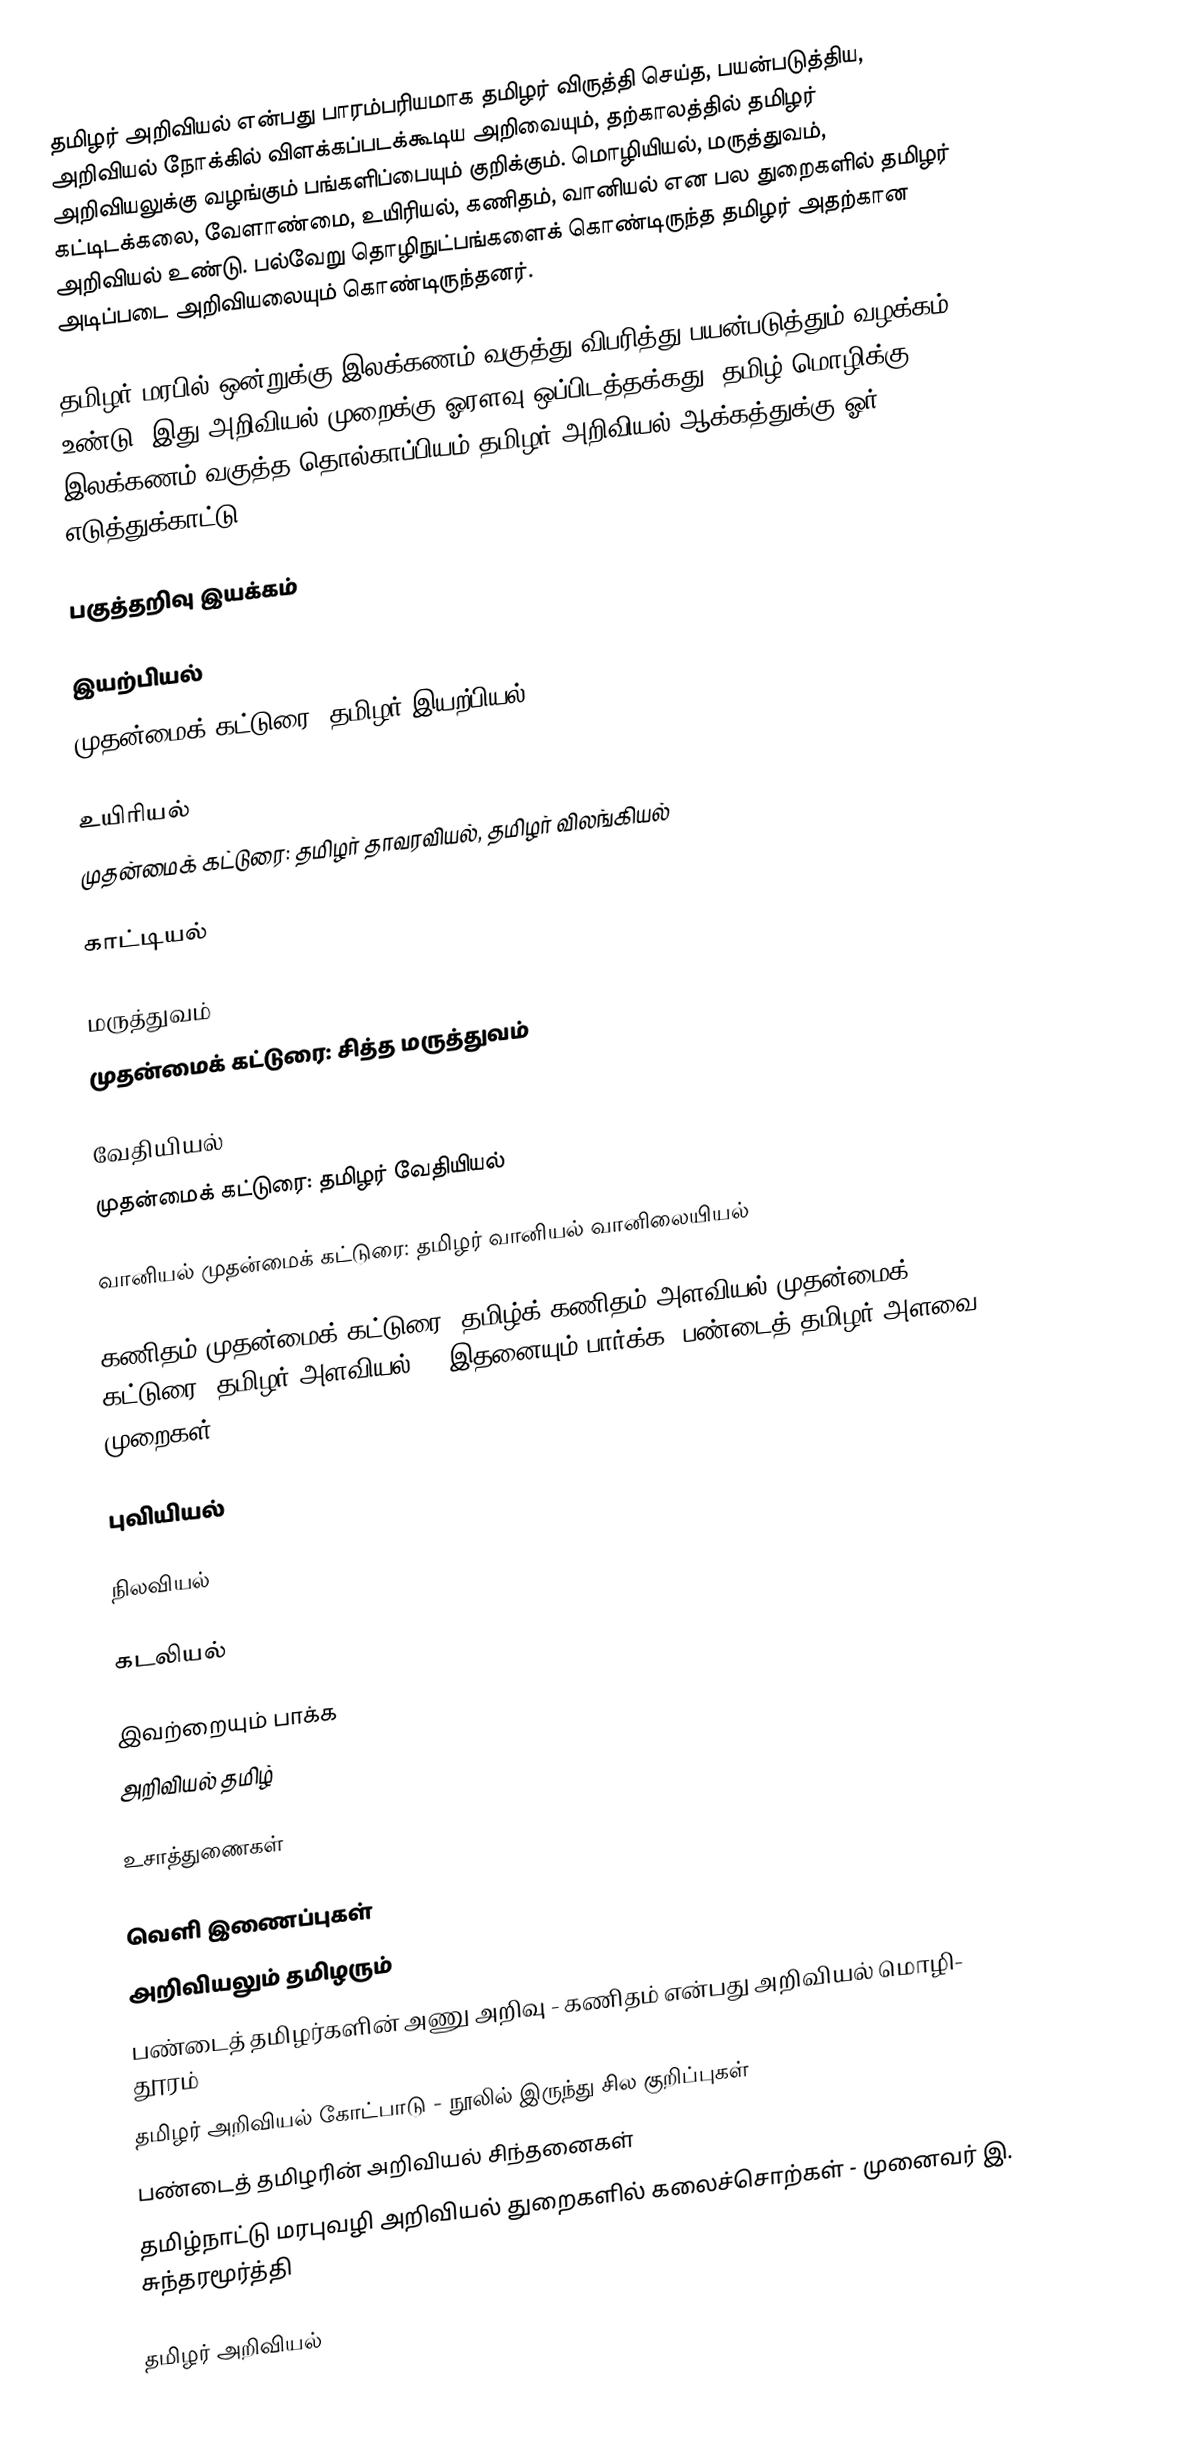
தமிழர் அறிவியல் என்பது பாரம்பரியமாக தமிழர் விருத்தி செய்த, பயன்படுத்திய, அறிவியல் நோக்கில் விளக்கப்படக்கூடிய அறிவையும், தற்காலத்தில் தமிழர் அறிவியலுக்கு வழங்கும் பங்களிப்பையும் குறிக்கும்.  மொழியியல், மருத்துவம், கட்டிடக்கலை, வேளாண்மை, உயிரியல், கணிதம், வானியல் என பல துறைகளில் தமிழர் அறிவியல் உண்டு.  பல்வேறு தொழிநுட்பங்களைக் கொண்டிருந்த தமிழர் அதற்கான அடிப்படை அறிவியலையும் கொண்டிருந்தனர்.

தமிழர் மரபில் ஒன்றுக்கு இலக்கணம் வகுத்து விபரித்து பயன்படுத்தும் வழக்கம் உண்டு.  இது அறிவியல் முறைக்கு ஓரளவு ஒப்பிடத்தக்கது.  தமிழ் மொழிக்கு இலக்கணம் வகுத்த தொல்காப்பியம் தமிழர் அறிவியல் ஆக்கத்துக்கு ஓர் எடுத்துக்காட்டு.

பகுத்தறிவு இயக்கம்

இயற்பியல்
முதன்மைக் கட்டுரை: தமிழர் இயற்பியல்

உயிரியல்
முதன்மைக் கட்டுரை: தமிழர் தாவரவியல், தமிழர் விலங்கியல்

காட்டியல்

மருத்துவம்
முதன்மைக் கட்டுரை: சித்த மருத்துவம்

வேதியியல்
முதன்மைக் கட்டுரை: தமிழர் வேதியியல்

 வானியல் முதன்மைக் கட்டுரை: தமிழர் வானியல் வானிலையியல்

 கணிதம் முதன்மைக் கட்டுரை: தமிழ்க் கணிதம் அளவியல் முதன்மைக் கட்டுரை: தமிழர் அளவியல்'', இதனையும் பார்க்க: பண்டைத் தமிழர் அளவை முறைகள்

புவியியல்

நிலவியல்

கடலியல்

இவற்றையும் பாக்க
 அறிவியல் தமிழ்

உசாத்துணைகள்

வெளி இணைப்புகள்
 அறிவியலும் தமிழரும்
 பண்டைத் தமிழர்களின் அணு அறிவு - கணிதம் என்பது அறிவியல் மொழி- தூரம்
 தமிழர் அறிவியல் கோட்பாடு - நூலில் இருந்து சில குறிப்புகள்
 பண்டைத் தமிழரின் அறிவியல் சிந்தனைகள்
 தமிழ்நாட்டு மரபுவழி அறிவியல் துறைகளில் கலைச்சொற்கள் - முனைவர் இ. சுந்தரமூர்த்தி

தமிழர் அறிவியல்